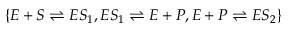
\{ E + S \rightleftharpoons E S _ { 1 } , E S _ { 1 } \rightleftharpoons E + P , E + P \rightleftharpoons E S _ { 2 } \}